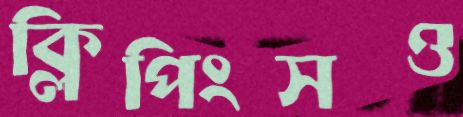
ক্লিপিংসও